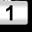
Digit: 1